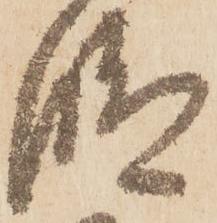
段